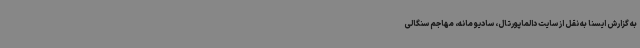
به گزارش ایسنا به نقل از سایت دالماپورتال، سادیو مانه، مهاجم سنگالی